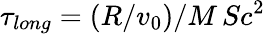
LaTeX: \tau_{long}=(R/v_{0})/M\, Sc^{2}